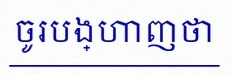
ចូរបង្ហាញថា